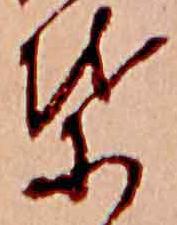
葉